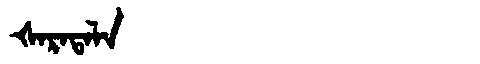
Manchu: ᡧᠠᡵᠠᡨᠠᠯᠠ
Romanization: ŠARATALA